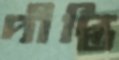
দীপ্তি